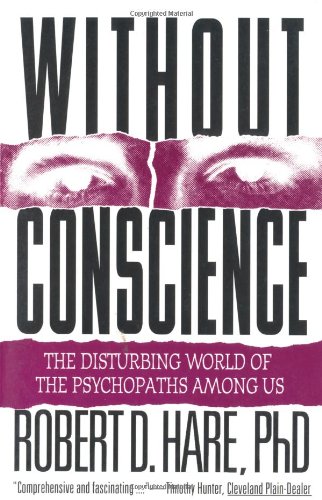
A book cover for Without Conscience: The Disturbing World of the Psychopaths Among Us; Robert D. Hare; Test Preparation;